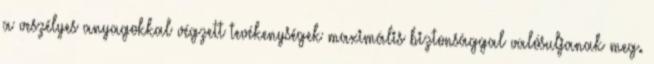
a veszélyes anyagokkal végzett tevékenységek maximális biztonsággal valósuljanak meg.